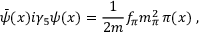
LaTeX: \bar { \psi } ( x ) i \gamma _ { 5 } \psi ( x ) = \frac { 1 } { 2 m } f _ { \pi } m _ { \pi } ^ { 2 } \, \pi ( x ) \; ,